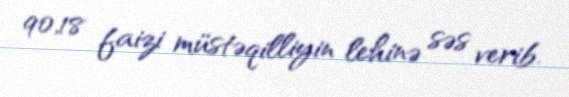
90,18 faizi müstəqilliyin lehinə səs verib.